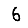
Digit: 6